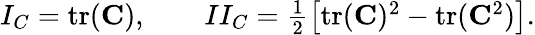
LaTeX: \begin{array}{r}{I_{C}=\textrm{tr}({\mathbf{C}}),\qquad II_{C}=\frac{1}{2}\big[\textrm{tr}({\mathbf{C}})^{2}-\textrm{tr}({\mathbf{C}}^{2})\big].}\end{array}